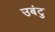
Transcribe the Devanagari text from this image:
उबंटु